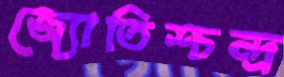
জ্যোতিশ্চন্দ্র